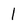
Character: 1